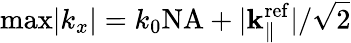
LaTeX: \mathrm{max}|k_{x}|=k_{0}\mathrm{NA}+|{\mathbf k}_{\parallel}^{\mathrm{ref}}|/\sqrt{2}